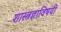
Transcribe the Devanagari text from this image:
शास्त्रज्ञाविषयी